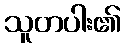
သူတပါး၏